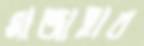
মাজাহার